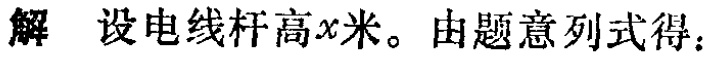
解 设电线杆高\(x\)米。由题意列式得：